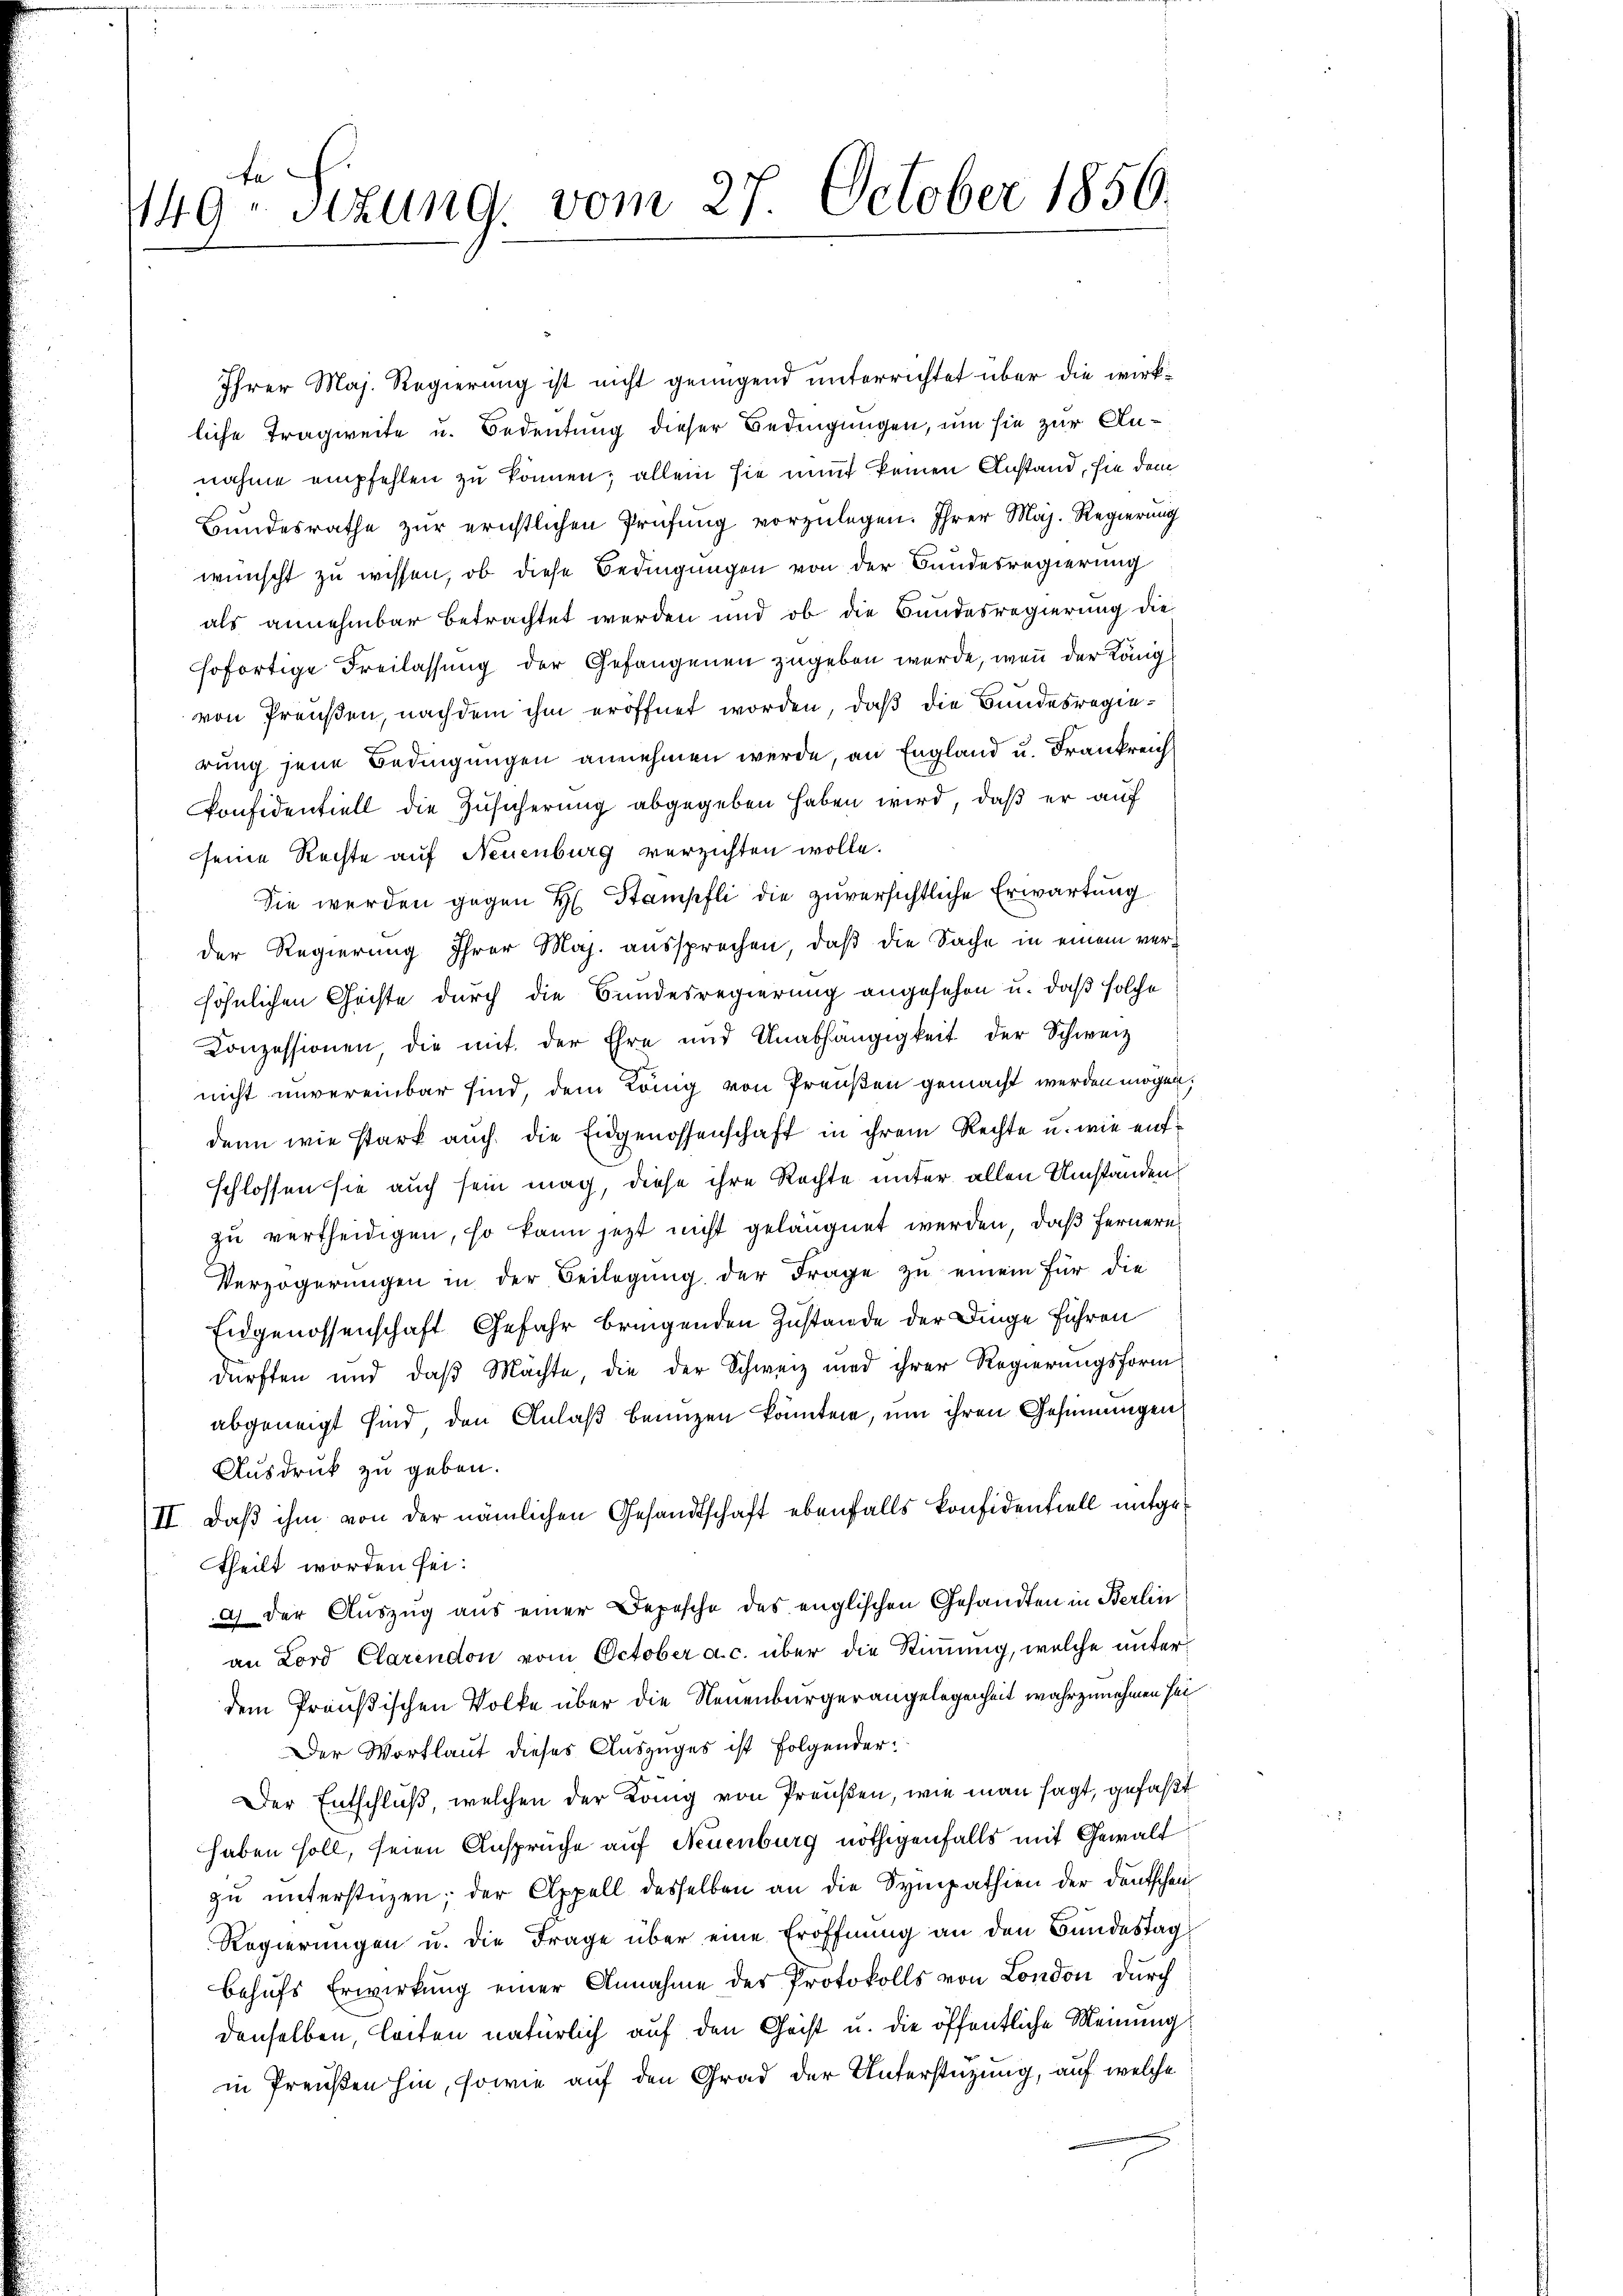
1149. Sitzung, vom 27. October 1856.

Ihrer Maj. Regierung ist nicht genügend unterrichtet über die wirkliche Tragweite u. Bedeutung dieser Bedingungen, um sie zur Annahme empfehlen zu können; allein sie nach keinen Anstand, sie dem
Bundesrathe zur erichtlichen Prüfung vorzulegen. Ihrer Maj. Regierung
wünscht zu wissen, ob diese Bedingungen von der Bandesregierung
als annehmbar betrachtet werden und ob die Bundesregierung die
sofortige Freilassung der Gefangenen zugeben werde, wenn der König
von Preußen, nachdem ihm eröffnet worden, daß die Bundesregierung jene Bedingungen annehmen werde, an England u. Frankreich
Konfidentiell die Zusicherung abgegeben haben wird, daß er auf
seine Rechte auf Neuenburg verzichten wolle.
Sie werden gegen H. Stampfli die zuversichtliche Erwartung
der Regierung Ihrer Maj. aussprechen, daß die Sache in einem versöhnlichen Geiste durch die Bundesregierung angesehen u. daß solche
Conzessionen, die mit der Ehre und Unabhängigkeit der Schweiz
nicht unvereinbar sind, dem König von Preußen gemacht werden mögen,
denn wie stark auch die Eidgenossenschaft in ihrem Rechte u. wie entschlossen sie auch sein mag, diese ihre Rechte unter allen Umstanden
zu vertheidigen, so kann jetzt nicht geläugnet werden, daß fernere
Verzögerungen in der Beilagung der Frage zu einem für die
Eidgenossenschaft Gefahr bringenden Zustande der Dinge Führen
dürften und daß Machte, die der Schweiz und ihrer Regierungsform
abgeneigt sind, den Anlaß benuzen könnten, um ihren Gesinnungen
Ausdruck zu geben.
II. Daß ihm von der nämlichen Gesandtschaft ebenfalls konfidentiell mitgetheilt worden sei.
a) der Auszug aus einer Depesche des englischen Gesandten in Berlin
an Lord Clarendon vom October a. c. über die Stimmung, welche unterdem Preußischen Volke über die Neuenburgerangelegenheit wahrzunehmen sei
Der Wortlaut dieses Auszuges ist folgender¬
Der Entschluß, welchen der König von Preußen, wie man sagt, gefaßt
haben soll, seien Ansprüche auf Neuenburg nöthigenfalls mit Gewalt
zŭ ŭnterstüzen; der Appell desselben an die Sympathien der Deutschen
Regierungen u. die Frage über eine Eröffnung an den Bundestag
behŭfs Erwirkung einer Annahme des Protokolls von London durch
denselben, leiten natürlich auf den Christ u. die öffentliche Meinung
in Preußen hin, sowie auf den Grad der Unterstützung, auf welche